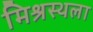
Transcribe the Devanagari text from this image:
मिश्रस्थला